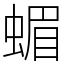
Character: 蝞